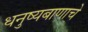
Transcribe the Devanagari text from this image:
धनुष्यबाणाचे